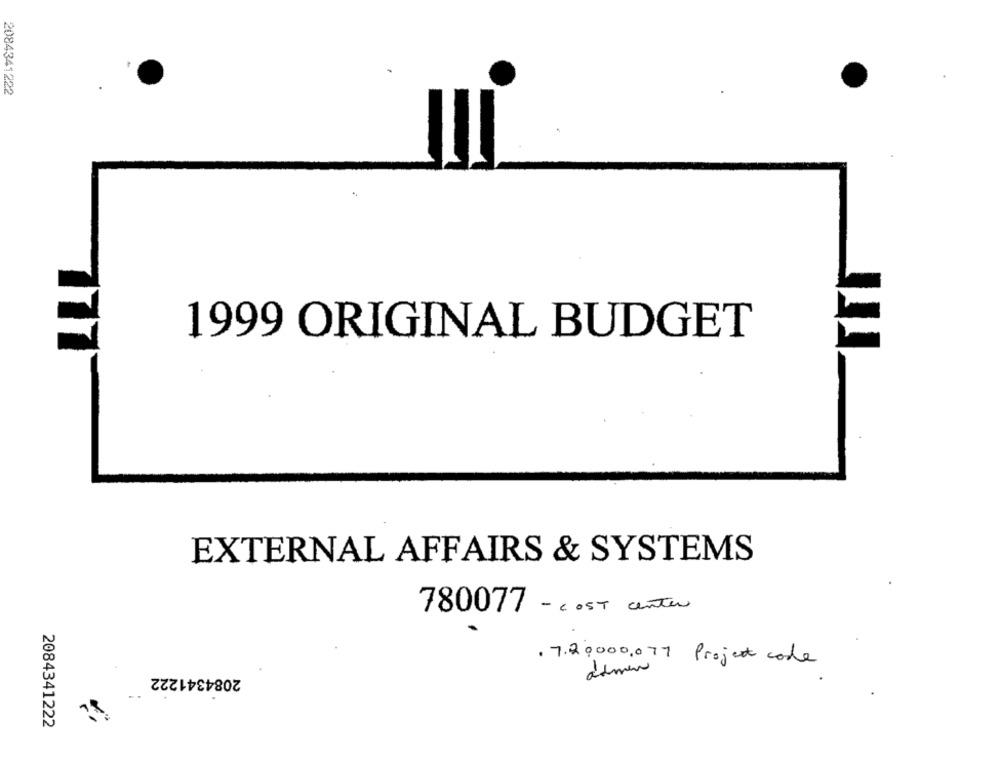
2084341222
1999 ORIGINAL BUDGET
EXTERNAL AFFAIRS & SYSTEMS
780077 - COST center
. 7.20000.077 Project code
2084341222
admin
-.
2084341222